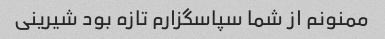
ممنونم از شما سپاسگزارم تازه بود شیرینی